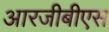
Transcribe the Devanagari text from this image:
आरजीबीएस